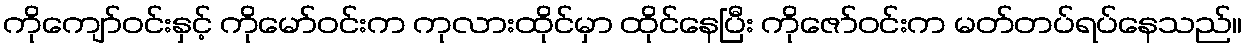
ကိုကျော်ဝင်းနှင့် ကိုမော်ဝင်းက ကုလားထိုင်မှာ ထိုင်နေပြီး ကိုဇော်ဝင်းက မတ်တပ်ရပ်နေသည်။